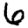
Digit: 6